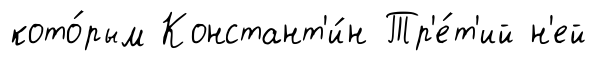
кото́рым Констант'и́н Тр'е́т'ий н'ей